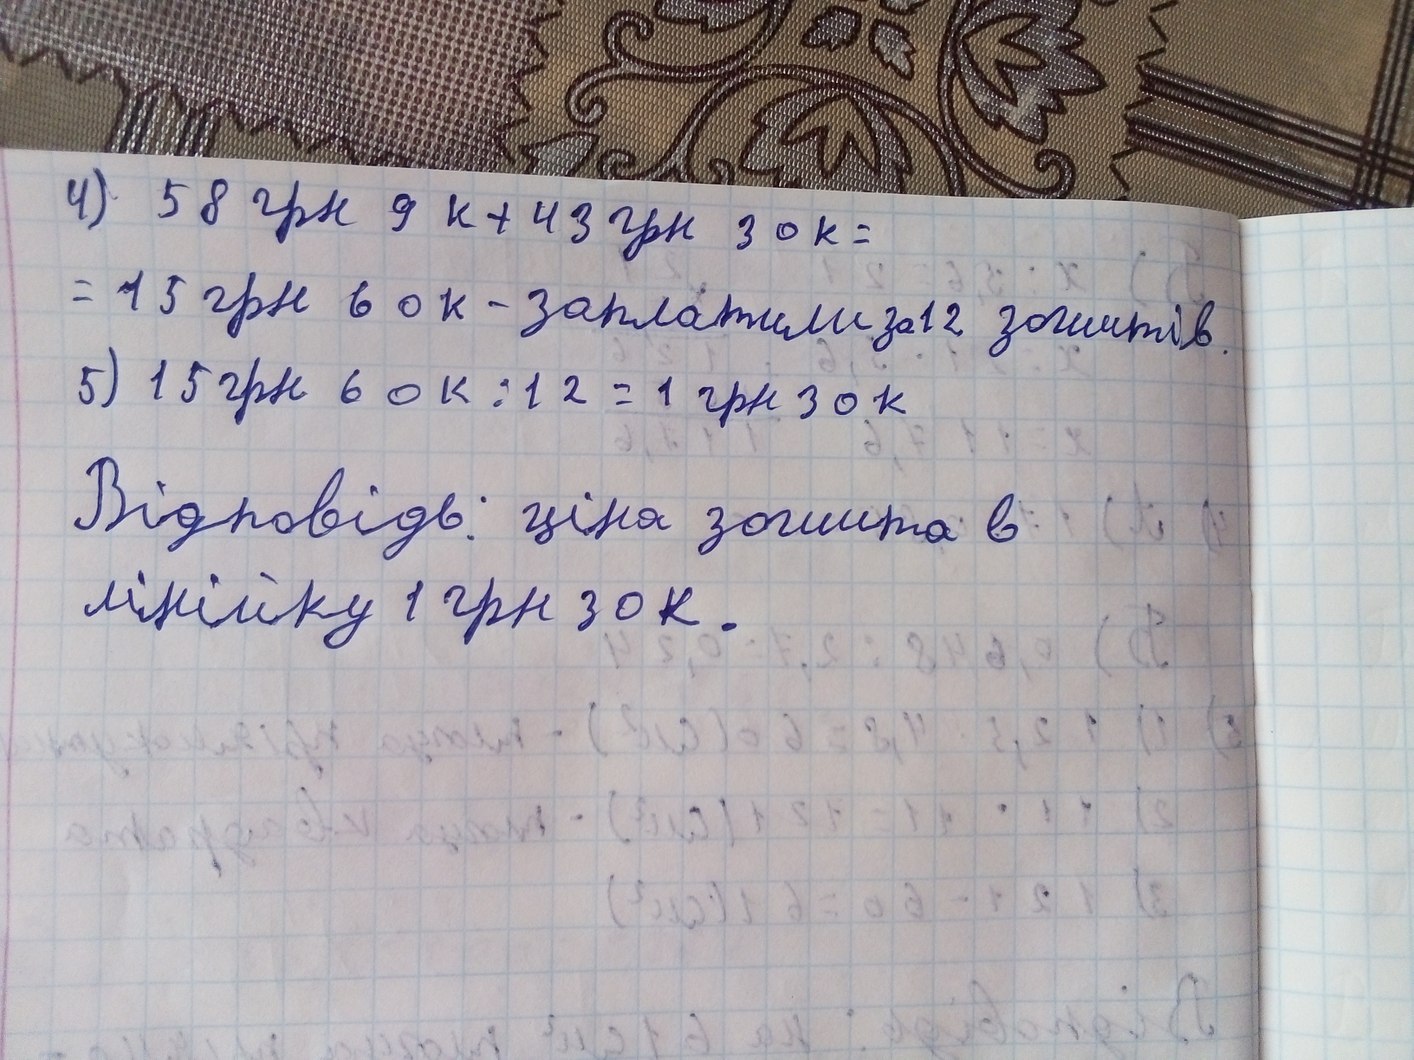
4) 58 грн 9 к + 43 грн 30 к =
= 15 грн в 60к - заплатили за 12 зошитів.
5) 15грн 60к / 12 = 1грн 30к
Відповідь: ціна зошита в
лінійку 1 грн 30 к.